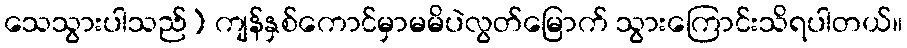
သေသွားပါသည်) ကျန်နှစ်ကောင်မှာမမိပဲလွတ်မြောက် သွားကြောင်းသိရပါတယ်။